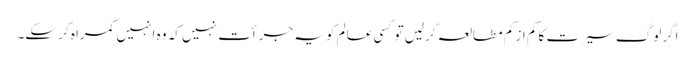
اگر لوگ سیرت کا کم از کم مطالعہ کرلیں تو کسی عالم کو یہ جرأت نہیں کہ وہ انہیں گمراہ کر سکے۔